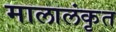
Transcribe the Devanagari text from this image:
मालालंकृत